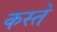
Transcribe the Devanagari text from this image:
कस्‍ते